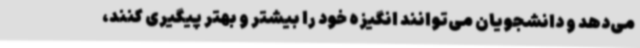
می‌دهد و دانشجویان می‌توانند انگیزه خود را بیشتر و بهتر پیگیری کنند،